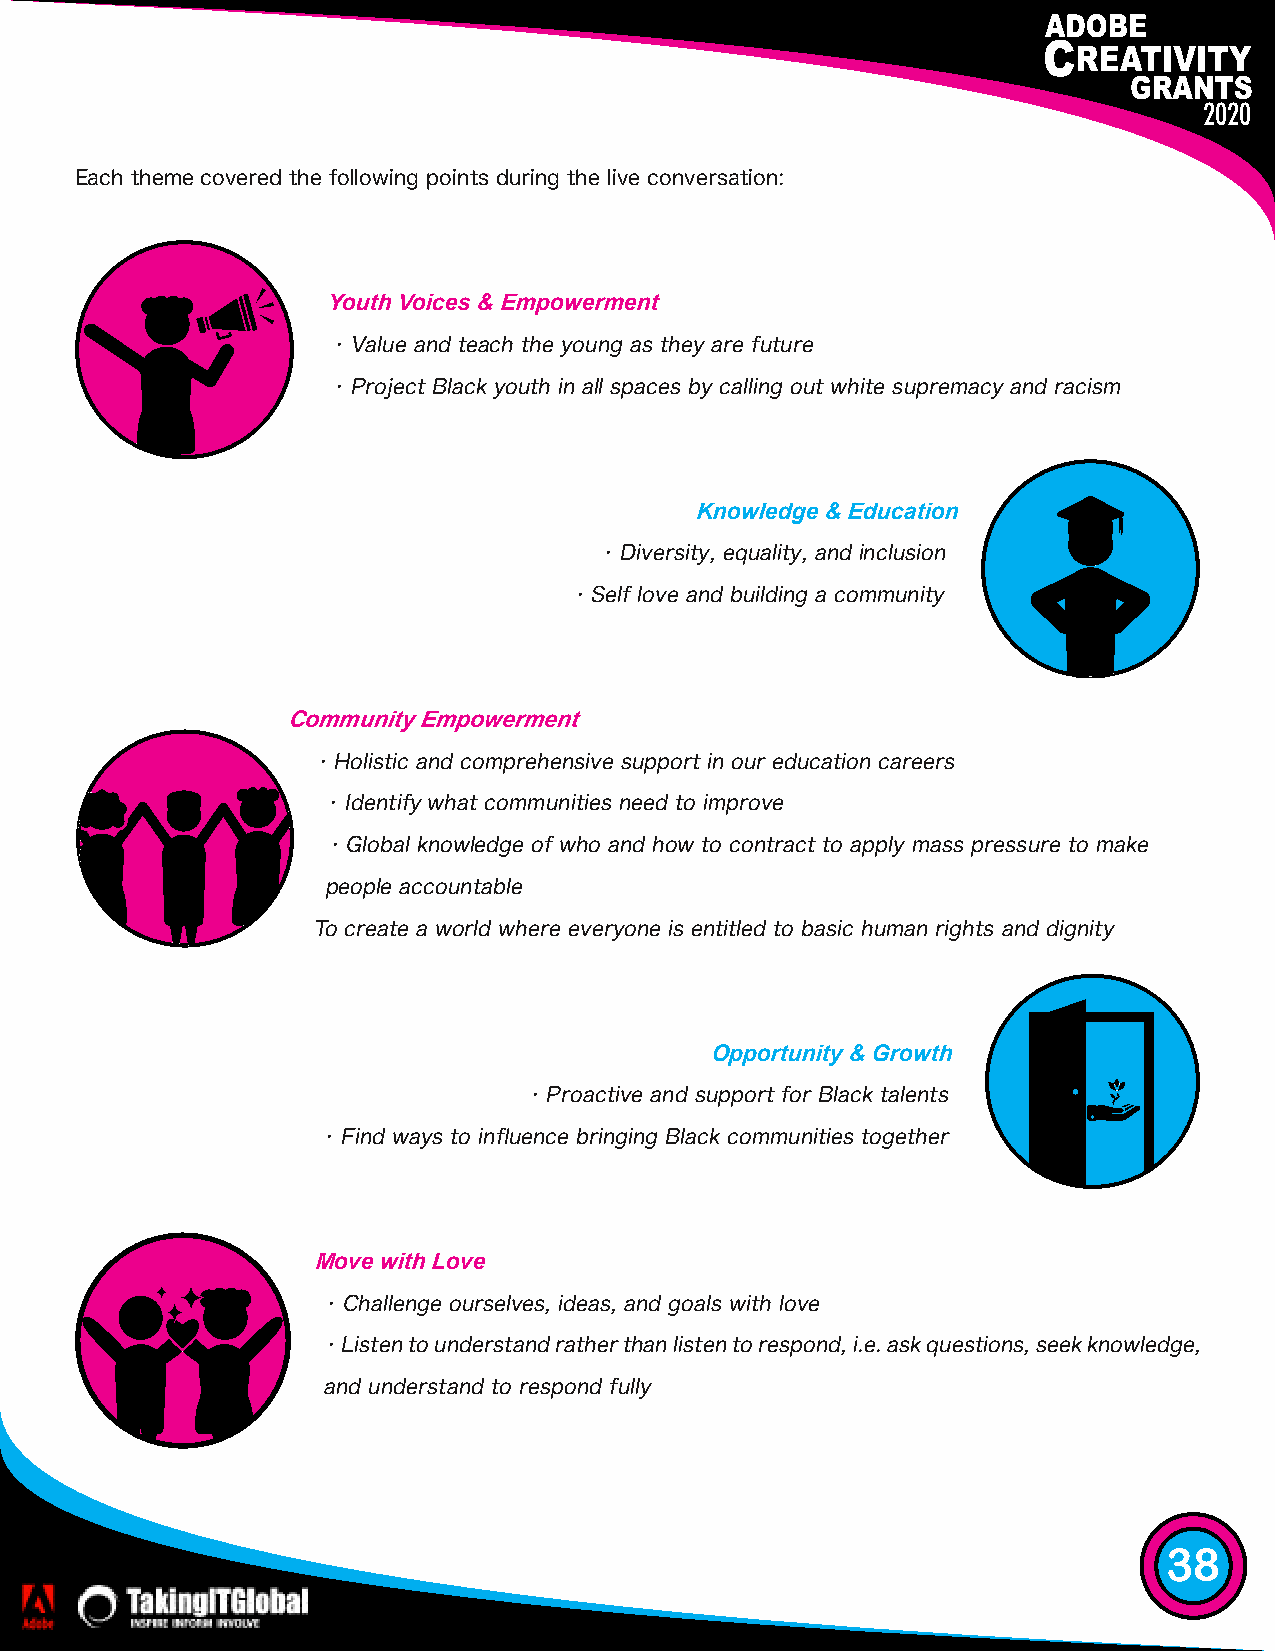
2020
 Each theme covered the following points during the live conversation:
 Youth Voices & Empowerment
 • Value and teach the young as they are future
 • Project Black youth in all spaces by calling out white supremacy and racism
 Knowledge & Education
 • Diversity, equality, and inclusion
 • Self love and building a community
 Community Empowerment
 • Holistic and comprehensive support in our education careers
 • Identify what communities need to improve
 • Global knowledge of who and how to contract to apply mass pressure to make
 people accountable
 To create a world where everyone is entitled to basic human rights and dignity
 Opportunity & Growth
 • Proactive and support for Black talents
 • Find ways to influence bringing Black communities together
 Move with Love
 • Challenge ourselves, ideas, and goals with love
 • Listen to understand rather than listen to respond, i.e. ask questions, seek knowledge,
 and understand to respond fully
 38